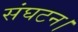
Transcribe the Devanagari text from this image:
संघटन।